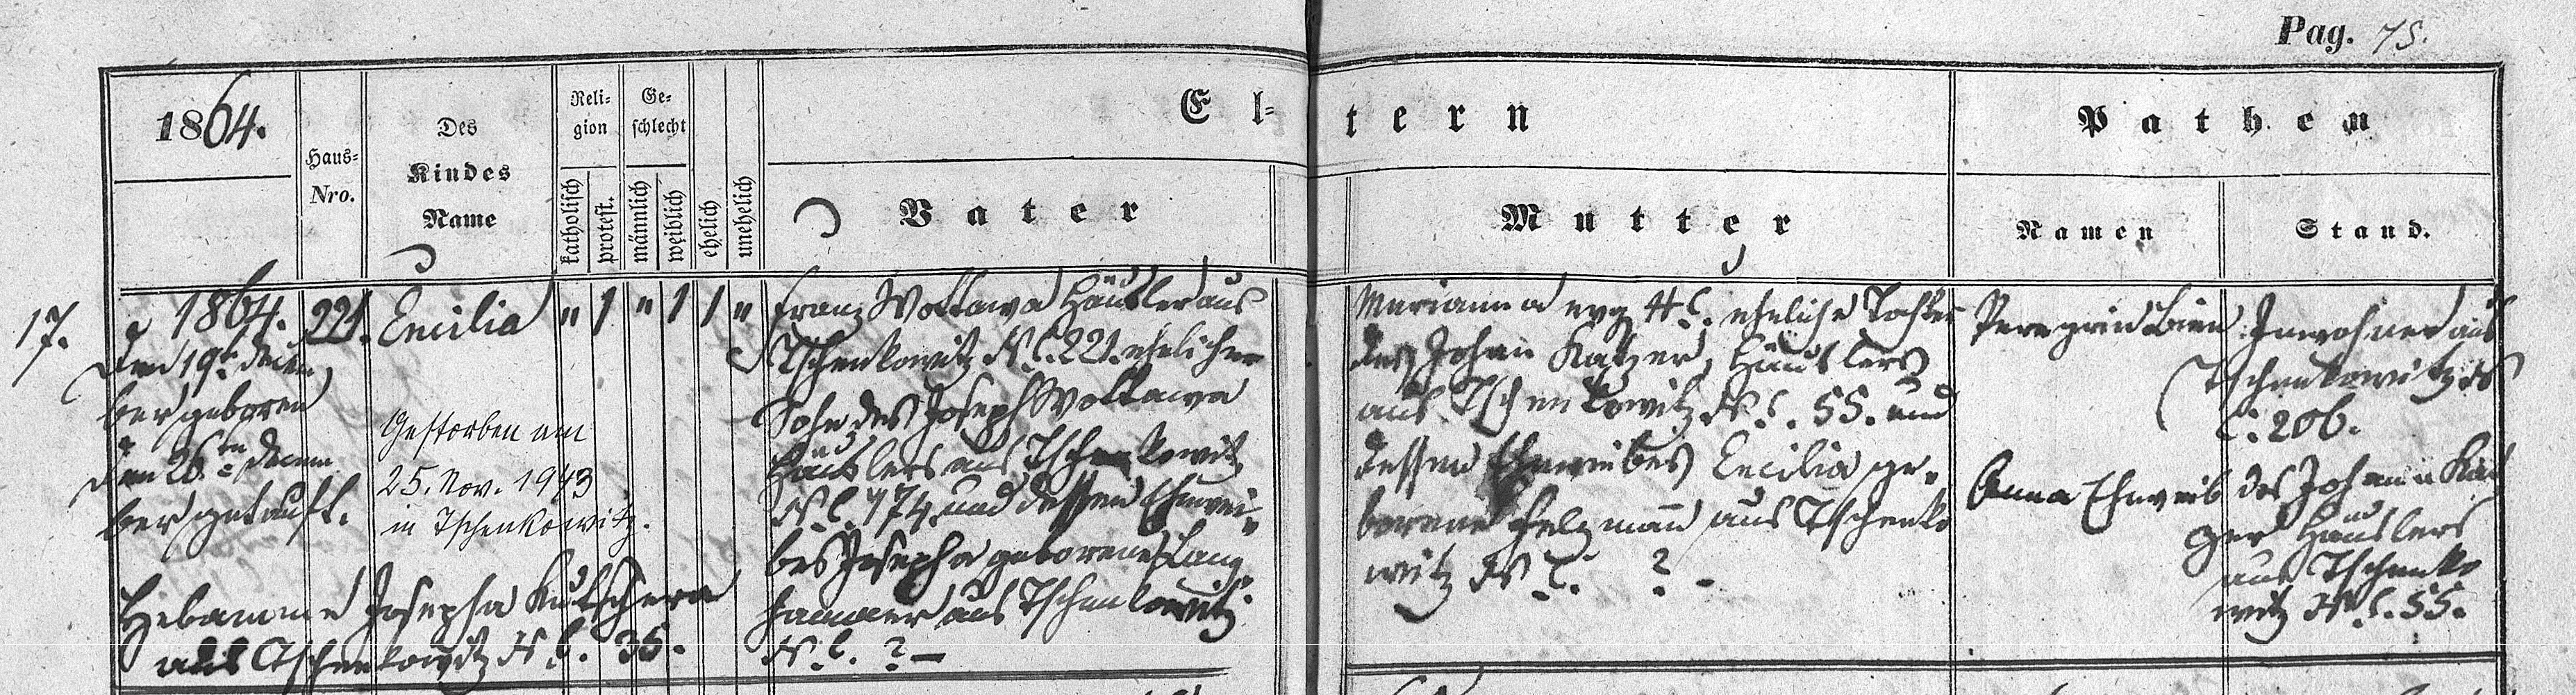
Pag. 75.

1864.

Franz Wottawa Häusler aus
Tschenkowitz H.C.221. ehelicher
Sohn des Joseph Wottawa
Häusler aus Tschenkowitz
H.C.174 und dessen Ehewei¬
bes Josepha geborene Lang¬
hanwer aus Tschenkowitz.
H.C. ?—

Marianna  H.C. eheliche Tochter
des Johan Katzer, Häuslers
aus Tschenkowitz H.C.55. und
dessen Eheweibes Emilia ge¬
borene Felzmann aus Tschenko¬
witz H.C.?-

1
1
1864
Emilia
1
221.
17.
den 19. Decem¬
ber geboren
Gestorben am
den 26. Decem¬
25. Nov. 1943
ber getauft
in Tschenkowitz
Hebamme Josepha Kutschera
ausTschenkowitz H.C. 35.

Peregrin Birn Inwohner aus
Tschenkowitz H
C:206.
Anna Eheweib des Johann Kat¬
zer Häuslers
aus Tschenko¬
witz H.C.55.